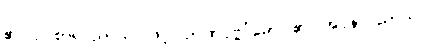
၏။ ဥပစာရပညာယ၊ ဖြင့်။ ဉာဏပုဗ္ဗင်္ဂမော၊ ၏။ အပ္ပနာပညာယ၊